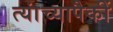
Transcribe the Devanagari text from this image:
त्यांच्यापैकीं